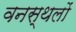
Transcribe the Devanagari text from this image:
वनस्थलों